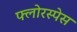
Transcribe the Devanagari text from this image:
फ्लोरस्पेस